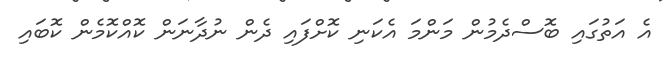
އެ އަތުގައި ބޮސްދެމުން މަންމަ އެކަނި ކޮށްފައި ދެން ނުދާނަން ކޮއްކޮމެން ކޮބައި